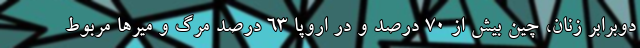
دوبرابر زنان، چین بیش از ۷۰ درصد و در اروپا ۶۳ درصد مرگ و میرها مربوط